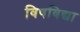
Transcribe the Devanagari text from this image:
विषविद्या